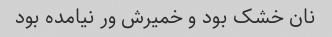
نان خشک بود و خمیرش ور نیامده بود